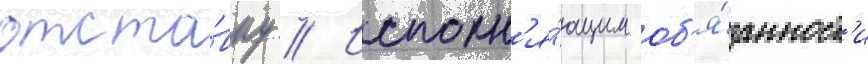
отста́вку // Исполн'я́ющим об'я́занност'и